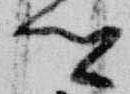
卿